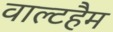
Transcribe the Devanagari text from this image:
वाल्टहैम